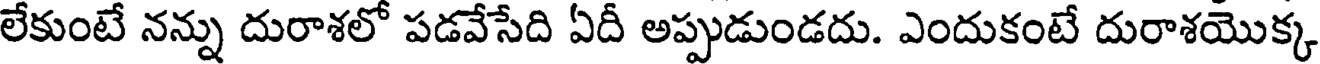
లేకుంటే నన్ను దురాశలో పడవేసేది ఏదీ అప్పుడుండదు. ఎందుకంటే దురాశయొక్క